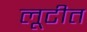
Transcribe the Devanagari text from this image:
लूटीत